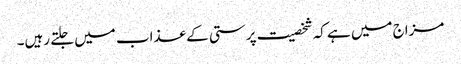
مزاج میں ہے کہ شخصیت پرستی کے عذاب میں جلتے رہیں۔